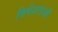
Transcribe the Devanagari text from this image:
विषेशताऔ